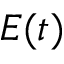
E ( t )